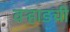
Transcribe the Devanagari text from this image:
वऱ्हाडची